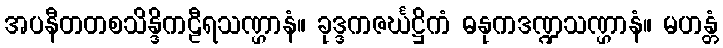
အပနီတတစသိန္ဒိကဠီရသဏ္ဌာနံ။ ခုဒ္ဒကဇင်္ဃဋ္ဌိကံ ဓနုကဒဏ္ဍသဏ္ဌာနံ။ မဟန္တံ